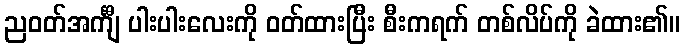
ညဝတ်အင်္ကျီ ပါးပါးလေးကို ဝတ်ထားပြီး စီးကရက် တစ်လိပ်ကို ခဲထား၏။